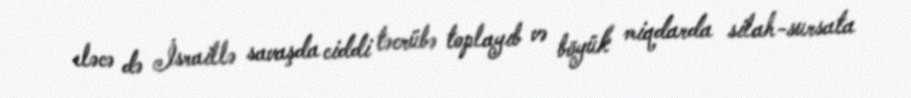
eləcə də İsraillə savaşda ciddi təcrübə toplayıb və böyük miqdarda silah-sursata